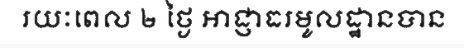
រយៈពេល ២ ថ្ងៃ អាជ្ញាធរមូលដ្ឋានបាន